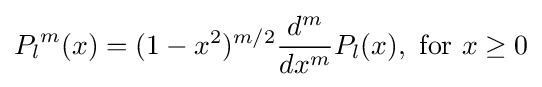
{P_{l}}^{m}(x)=(1-x^{2})^{m/2}{\frac {d^{m}}{dx^{m}}}P_{l}(x),{\text{ for }}x\geq 0